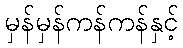
မှန်မှန်ကန်ကန်နှင့်